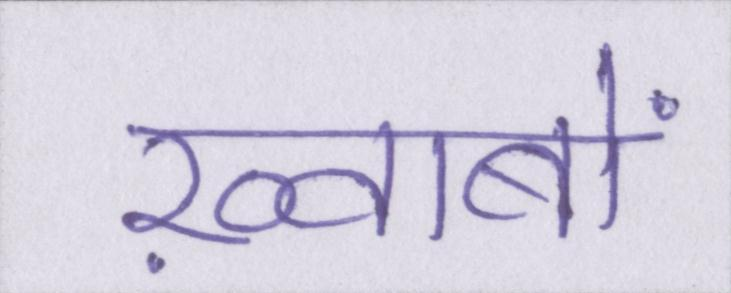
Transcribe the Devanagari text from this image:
ख़्वाबों